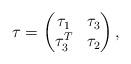
LaTeX: \begin{align*}\tau=\begin{pmatrix}\tau_1 &\tau_3\\\tau_3^T& \tau_2\\\end{pmatrix},\end{align*}